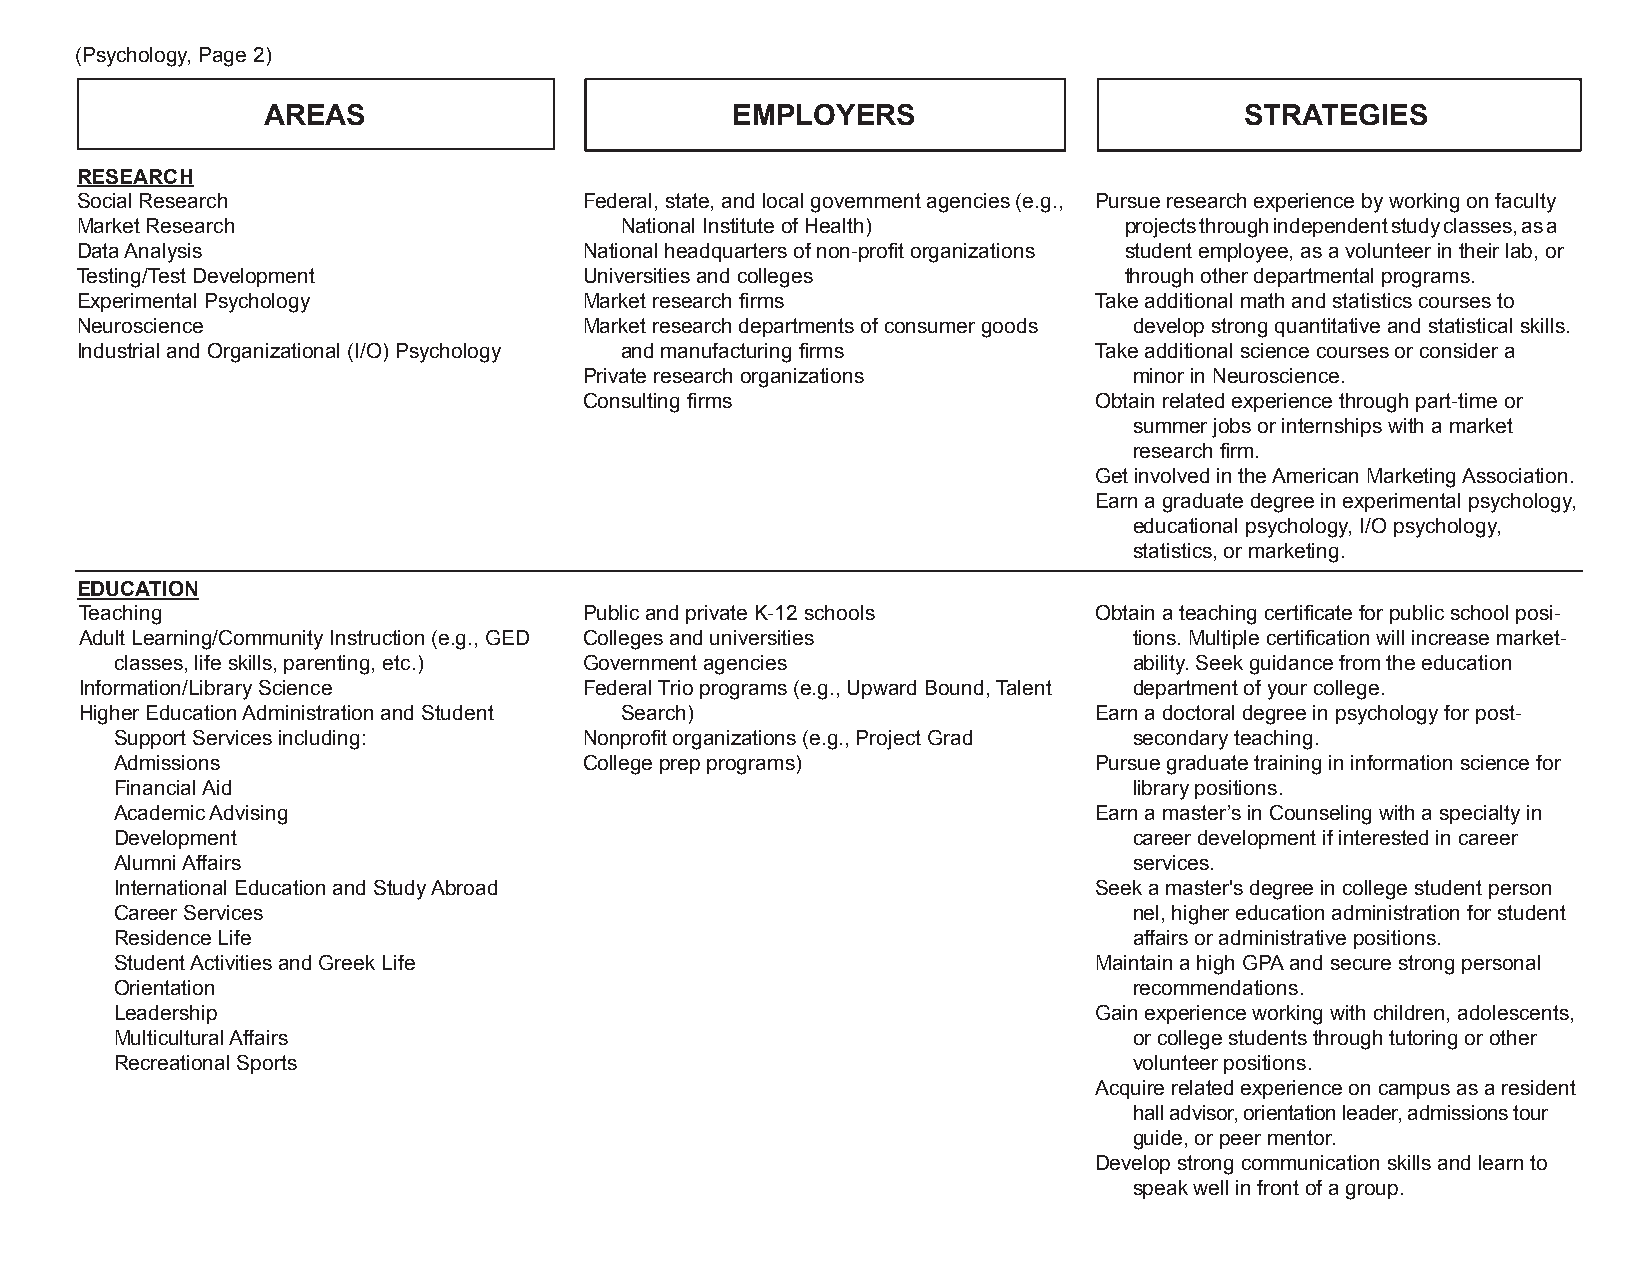
(Psychology, Page 2)
 AREAS                          EMPLOYERS                         STRATEGIES
 RESEARCH
 Social Research                   Federal, state, and local government agencies (e.g., Pursue research experience by working on faculty
 Market Research                     National Institute of Health)    projects through independent study classes, as a
 Data Analysis                     National headquarters of non-profit organizations student employee, as a volunteer in their lab, or
 Testing/Test Development          Universities and colleges          through other departmental programs.
 Experimental Psychology           Market research firms            Take additional math and statistics courses to
 Neuroscience                      Market research departments of consumer goods develop strong quantitative and statistical skills.
 Industrial and Organizational (I/O) Psychology and manufacturing firms Take additional science courses or consider a
 Private research organizations      minor in Neuroscience.
 Consulting firms                 Obtain related experience through part-time or
 summer jobs or internships with a market
 research firm.
 Get involved in the American Marketing Association.
 Earn a graduate degree in experimental psychology,
 educational psychology, I/O psychology,
 statistics, or marketing.
 EDUCATION
 Teaching                          Public and private K-12 schools  Obtain a teaching certificate for public school posi-
 Adult Learning/Community Instruction (e.g., GED Colleges and universities tions. Multiple certification will increase market-
 classes, life skills, parenting, etc.) Government agencies         ability. Seek guidance from the education
 Information/Library Science       Federal Trio programs (e.g., Upward Bound, Talent department of your college.
 Higher Education Administration and Student Search)                Earn a doctoral degree in psychology for post-
 Support Services including:    Nonprofit organizations (e.g., Project Grad secondary teaching.
 Admissions                     College prep programs)           Pursue graduate training in information science for
 Financial Aid                                                      library positions.
 Academic Advising                                               Earn a master’s in Counseling with a specialty in
 Development                                                        career development if interested in career
 Alumni Affairs                                                     services.
 International Education and Study Abroad                        Seek a master's degree in college student person
 Career Services                                                    nel, higher education administration for student
 Residence Life                                                     affairs or administrative positions.
 Student Activities and Greek Life                               Maintain a high GPA and secure strong personal
 Orientation                                                        recommendations.
 Leadership                                                      Gain experience working with children, adolescents,
 Multicultural Affairs                                              or college students through tutoring or other
 Recreational Sports                                                volunteer positions.
 Acquire related experience on campus as a resident
 hall advisor, orientation leader, admissions tour
 guide, or peer mentor.
 Develop strong communication skills and learn to
 speak well in front of a group.